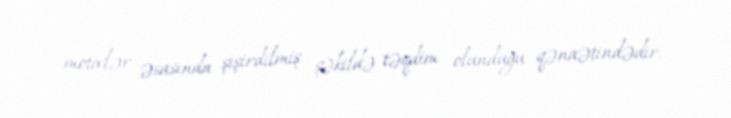
motivlər əsasında şişirdilmiş şəkildə təqdim olunduğu qənaətindədir.